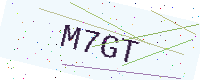
Text: M7GT